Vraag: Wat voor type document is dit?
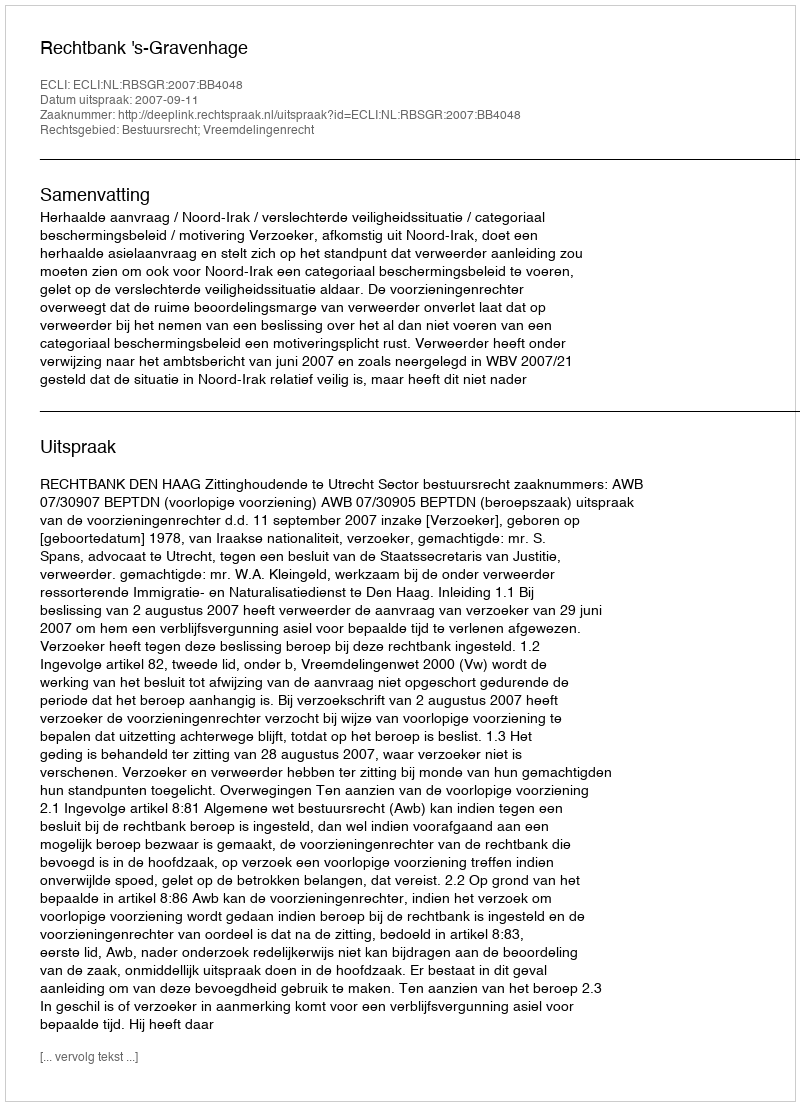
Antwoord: Uitspraak